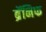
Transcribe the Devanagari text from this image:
ब्रॅनिफ